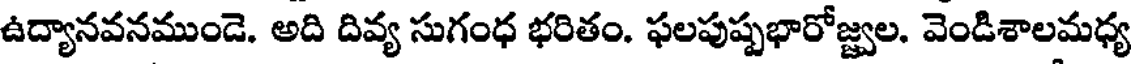
ఉద్యానవనముండె. అది దివ్య సుగంధ భరితం. ఫలపుష్పభారోజ్జ్వల. వెండిశాలమధ్య